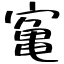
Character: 𫝰